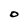
Character: O